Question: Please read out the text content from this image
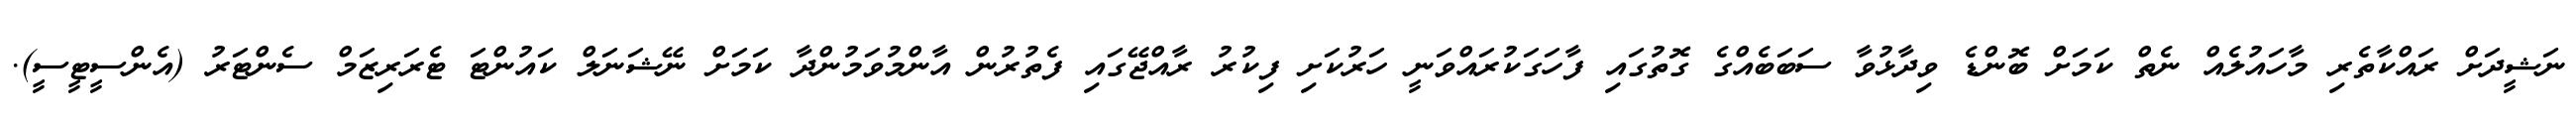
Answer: ނަޝީދަށް ރައްކާތެރި މާހައުލެއް ނެތް ކަމަށް ބޮންޑެ ވިދާޅުވާ ސަބަބެއްގެ ގޮތުގައި ފާހަގަކުރައްވަނީ ހަރުކަށި ފިކުރު ރާއްޖޭގައި ފެތުރުން އާންމުވަމުންދާ ކަމަށް ނޭޝަނަލް ކައުންޓަ ޓެރަރިޒަމް ސެންޓަރު (އެންސީޓީސީ).